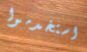
استخدموا